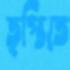
তৃপ্তিতে